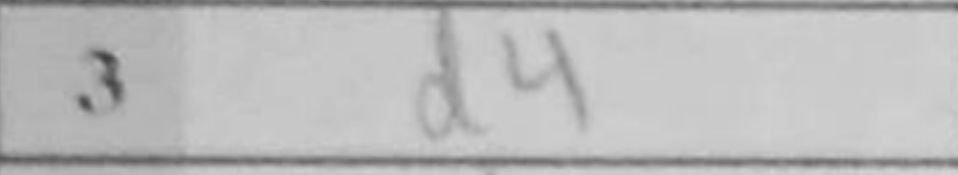
Transcription: d4